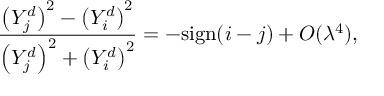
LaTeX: \frac { \left( Y _ { j } ^ { d } \right) ^ { 2 } - \left( Y _ { i } ^ { d } \right) ^ { 2 } } { \left( Y _ { j } ^ { d } \right) ^ { 2 } + \left( Y _ { i } ^ { d } \right) ^ { 2 } } = - \mathrm { s i g n } ( i - j ) + { \cal O } ( \lambda ^ { 4 } ) ,